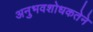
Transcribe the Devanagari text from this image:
अनुभवशोधकतेने